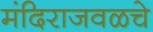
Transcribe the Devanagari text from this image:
मंदिराजवळचे